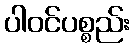
ပါဝင်ပစ္စည်း